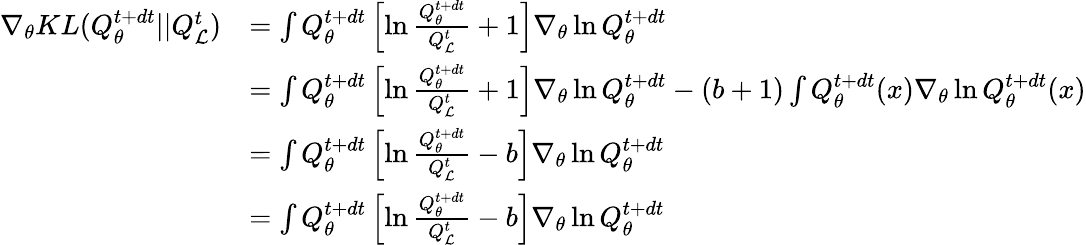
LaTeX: \begin{array}{rl}{\nabla_{\theta}KL(Q_{\theta}^{t+dt}||Q_{\mathcal{L}}^{t})}&{=\int Q_{\theta}^{t+dt}\left[\ln\frac{Q_{\theta}^{t+dt}}{Q_{\mathcal{L}}^{t}}+1\right]\nabla_{\theta}\ln Q_{\theta}^{t+dt}}\\ &{=\int Q_{\theta}^{t+dt}\left[\ln\frac{Q_{\theta}^{t+dt}}{Q_{\mathcal{L}}^{t}}+1\right]\nabla_{\theta}\ln Q_{\theta}^{t+dt}-(b+1)\int Q_{\theta}^{t+dt}(x)\nabla_{\theta}\ln Q_{\theta}^{t+dt}(x)}\\ &{=\int Q_{\theta}^{t+dt}\left[\ln\frac{Q_{\theta}^{t+dt}}{Q_{\mathcal{L}}^{t}}-b\right]\nabla_{\theta}\ln Q_{\theta}^{t+dt}}\\ &{=\int Q_{\theta}^{t+dt}\left[\ln\frac{Q_{\theta}^{t+dt}}{Q_{\mathcal{L}}^{t}}-b\right]\nabla_{\theta}\ln Q_{\theta}^{t+dt}}\end{array}